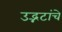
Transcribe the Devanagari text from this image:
उद्भटांचे